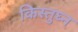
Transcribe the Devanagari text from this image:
किस्तुघ्न